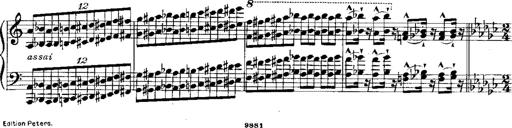
Title: RÃ©miniscences de Norma de Bellini
Composer: Franz Liszt